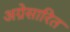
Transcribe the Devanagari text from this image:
अग्रेसारित